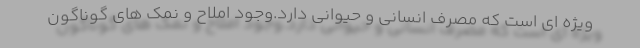
ویژه ای است که مصرف انسانی و حیوانی دارد.وجود املاح و نمک های گوناگون